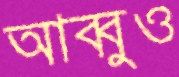
আব্বুও